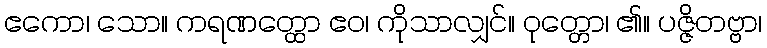
ဧကော၊ သော။ ကရဏတ္ထော ဧဝ၊ ကိုသာလျှင်။ ဝုတ္တော၊ ၏။ ပဇ္ဇိတဗ္ဗာ၊